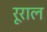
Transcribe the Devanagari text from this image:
रूराल